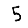
Digit: 5